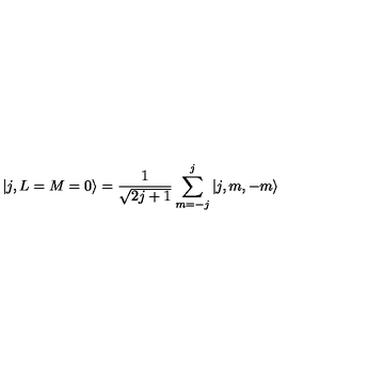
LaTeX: \vert j , L = M = 0 \rangle = { \frac { 1 } { \sqrt { 2 j + 1 } } } \sum _ { m = - j } ^ { j } \vert j , m , - m \rangle